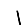
Digit: 1